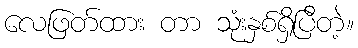
လေဖြတ်ထား တာ သုံးနှစ်ရှိပြီတဲ့။